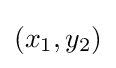
(x_{1},y_{2})